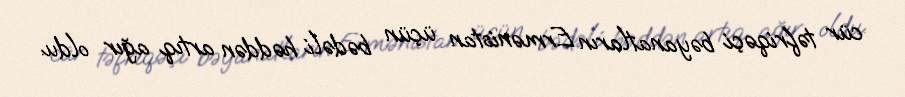
cür təfriqəçi bəyanatların Ermənistan üçün bədəli həddən artıq ağır oldu.